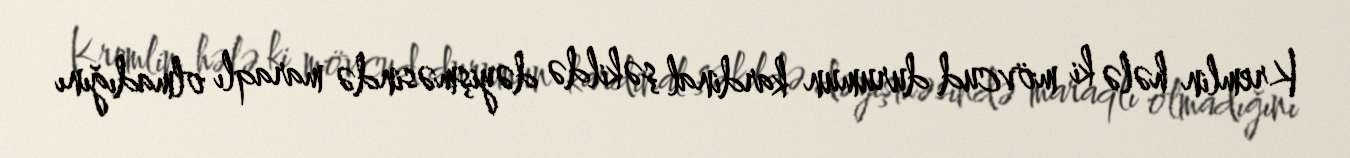
Kremlin hələ ki mövcud durumun kardinal şəkildə dəyişməsində maraqlı olmadığını